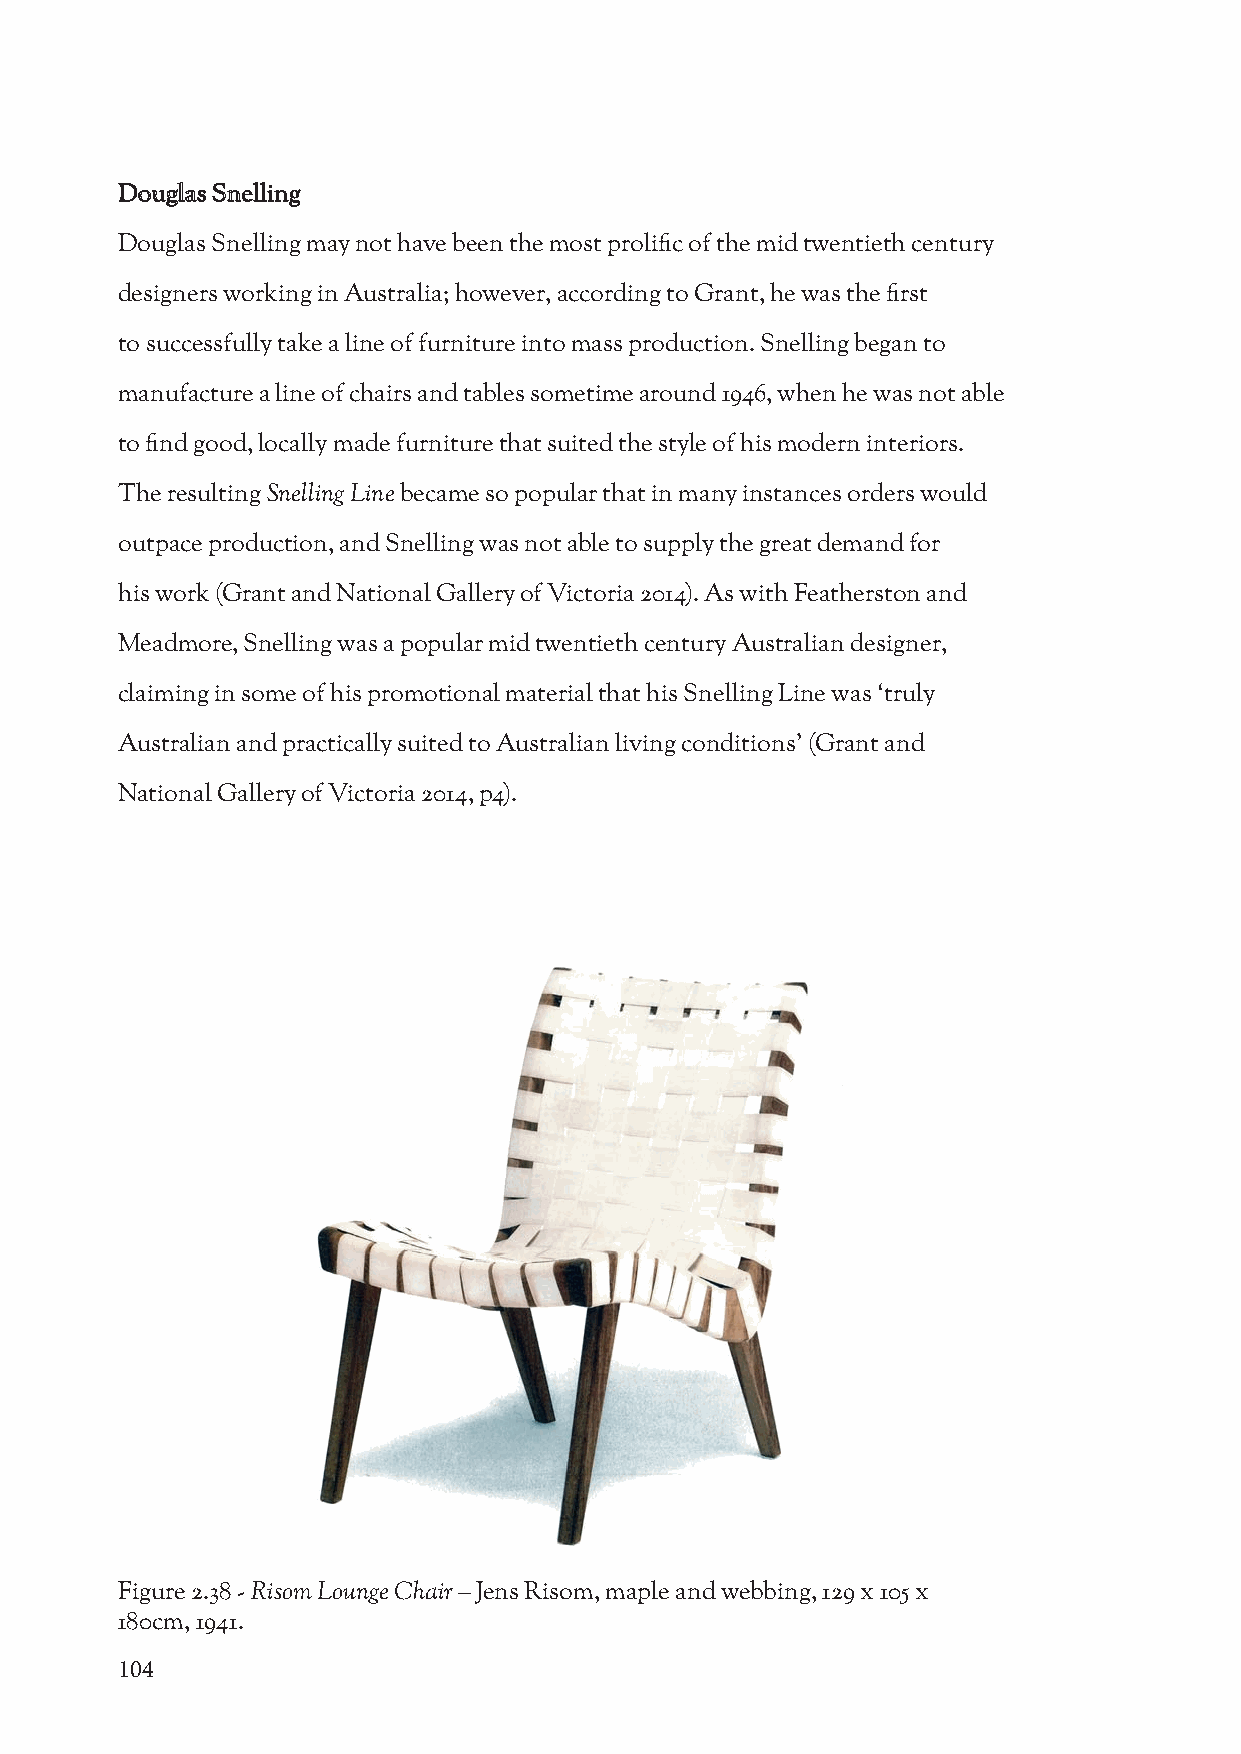
Douglas Snelling
 Douglas Snelling may not have been the most prolific of the mid twentieth century
 designers working in Australia; however, according to Grant, he was the first
 to successfully take a line of furniture into mass production. Snelling began to
 manufacture a line of chairs and tables sometime around 1946, when he was not able
 to find good, locally made furniture that suited the style of his modern interiors.
 The resulting Snelling Line became so popular that in many instances orders would
 outpace production, and Snelling was not able to supply the great demand for
 his work (Grant and National Gallery of Victoria 2014). As with Featherston and
 Meadmore, Snelling was a popular mid twentieth century Australian designer,
 claiming in some of his promotional material that his Snelling Line was ‘truly
 Australian and practically suited to Australian living conditions’ (Grant and
 National Gallery of Victoria 2014, p4).
 Figure 2.38 - Risom Lounge Chair – Jens Risom, maple and webbing, 129 x 105 x
 180cm, 1941.
 104